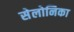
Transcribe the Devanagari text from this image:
सेलोनिका